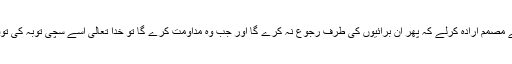
یعنی آئندہ کے لئے مصمم ارادہ کرلے کہ پھر ان برائیوں کی طرف رجوع نہ کرے گا اور جب وہ مداومت کرے گا تو خدا تعالیٰ اسے سچی توبہ کی توفیق عطا کرے گا۔